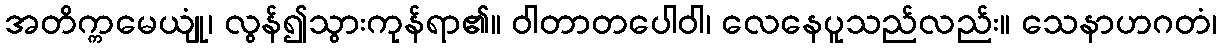
အတိက္ကမေယျုံ၊ လွန်၍သွားကုန်ရာ၏။ ဝါတာတပေါဝါ၊ လေနေပူသည်လည်း။ သေနာဟဂတံ၊